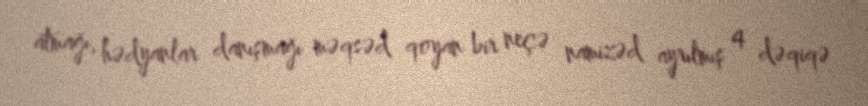
atmağı, hədyanlar danışmağı məqsəd qoyan bir neçə namizəd ayrılmış 4 dəqiqə